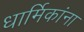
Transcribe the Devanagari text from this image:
धार्मिकांना